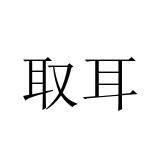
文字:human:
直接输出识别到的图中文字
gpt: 取耳